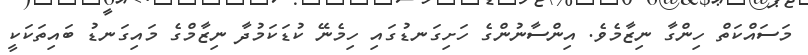
މަސައްކަތް ހިންގާ ނިޒާމެވެ. އިންސާނުންގެ ހަށިގަނޑުގައި ހިމެނޭ ކުޑަކަމުދާ ނިޒާމްގެ މައިގަނޑު ބައިތަކަކީ